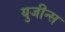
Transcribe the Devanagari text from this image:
युजीन्स